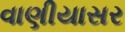
વાણીયાસર